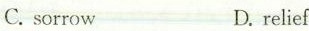
C.sorrowD relief